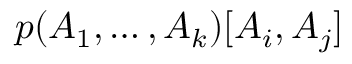
p ( A _ { 1 } , \ldots , A _ { k } ) [ A _ { i } , A _ { j } ]